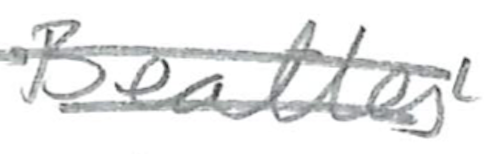
Text: Beatles'
Cross-out: double-line
Writing tool: pencil